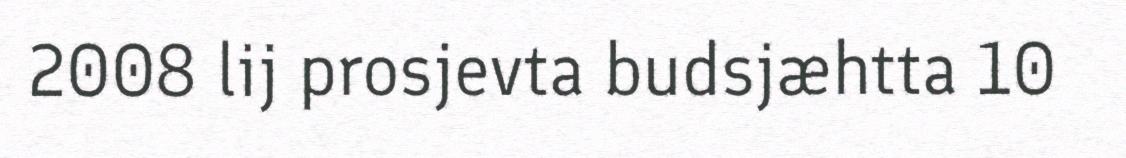
2008 lij prosjevta budsjæhtta 10